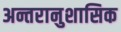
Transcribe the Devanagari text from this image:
अन्तरानुशासिक